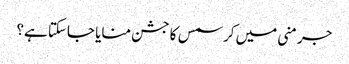
جرمنی میں کرسمس کا جشن منایا جاسکتا ہے؟